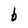
Character: b